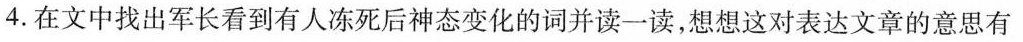
4.在文中找出军长看到有人冻死后神态变化的词并读一读，想想这对表达文章的意思有